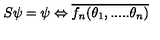
S \psi = \psi \Leftrightarrow \overline { { f _ { n } ( \theta _ { 1 } , . . . . . \theta _ { n } ) } }